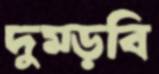
দুম্‌ড়বি